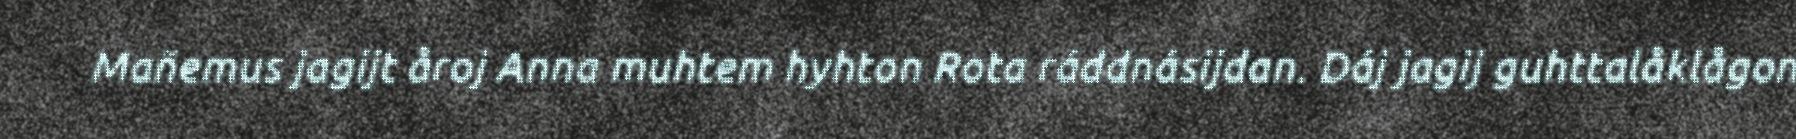
Mañemus jagijt åroj Anna muhtem hyhton Rota ráddnásijdan. Dáj jagij guhttalåklågon